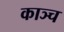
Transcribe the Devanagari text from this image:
काञ्च